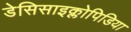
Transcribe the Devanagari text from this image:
डेसिसाइक्लोपिडिया